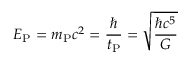
E _ { \mathrm { P } } = m _ { \mathrm { P } } c ^ { 2 } = { \frac { \hbar } { t _ { \mathrm { P } } } } = { \sqrt { \frac { \hbar c ^ { 5 } } { G } } }